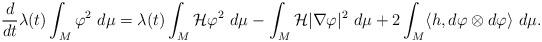
LaTeX: \begin{align*} \frac{d}{d t} \lambda(t) \int_M \varphi^2 \ d\mu = \lambda(t) \int_M \mathcal{H} \varphi^2 \ d\mu - \int_M \mathcal{H} | \nabla \varphi |^2 \ d\mu + 2 \int_M \langle h, d \varphi \otimes d \varphi \rangle \ d\mu. \end{align*}